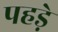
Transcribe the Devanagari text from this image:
पहड़े